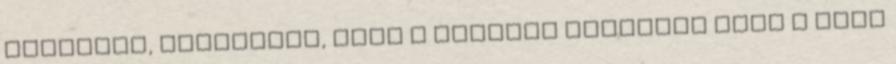
formáján, megtudtam, hogy a bőséges reggelik után ő edzi